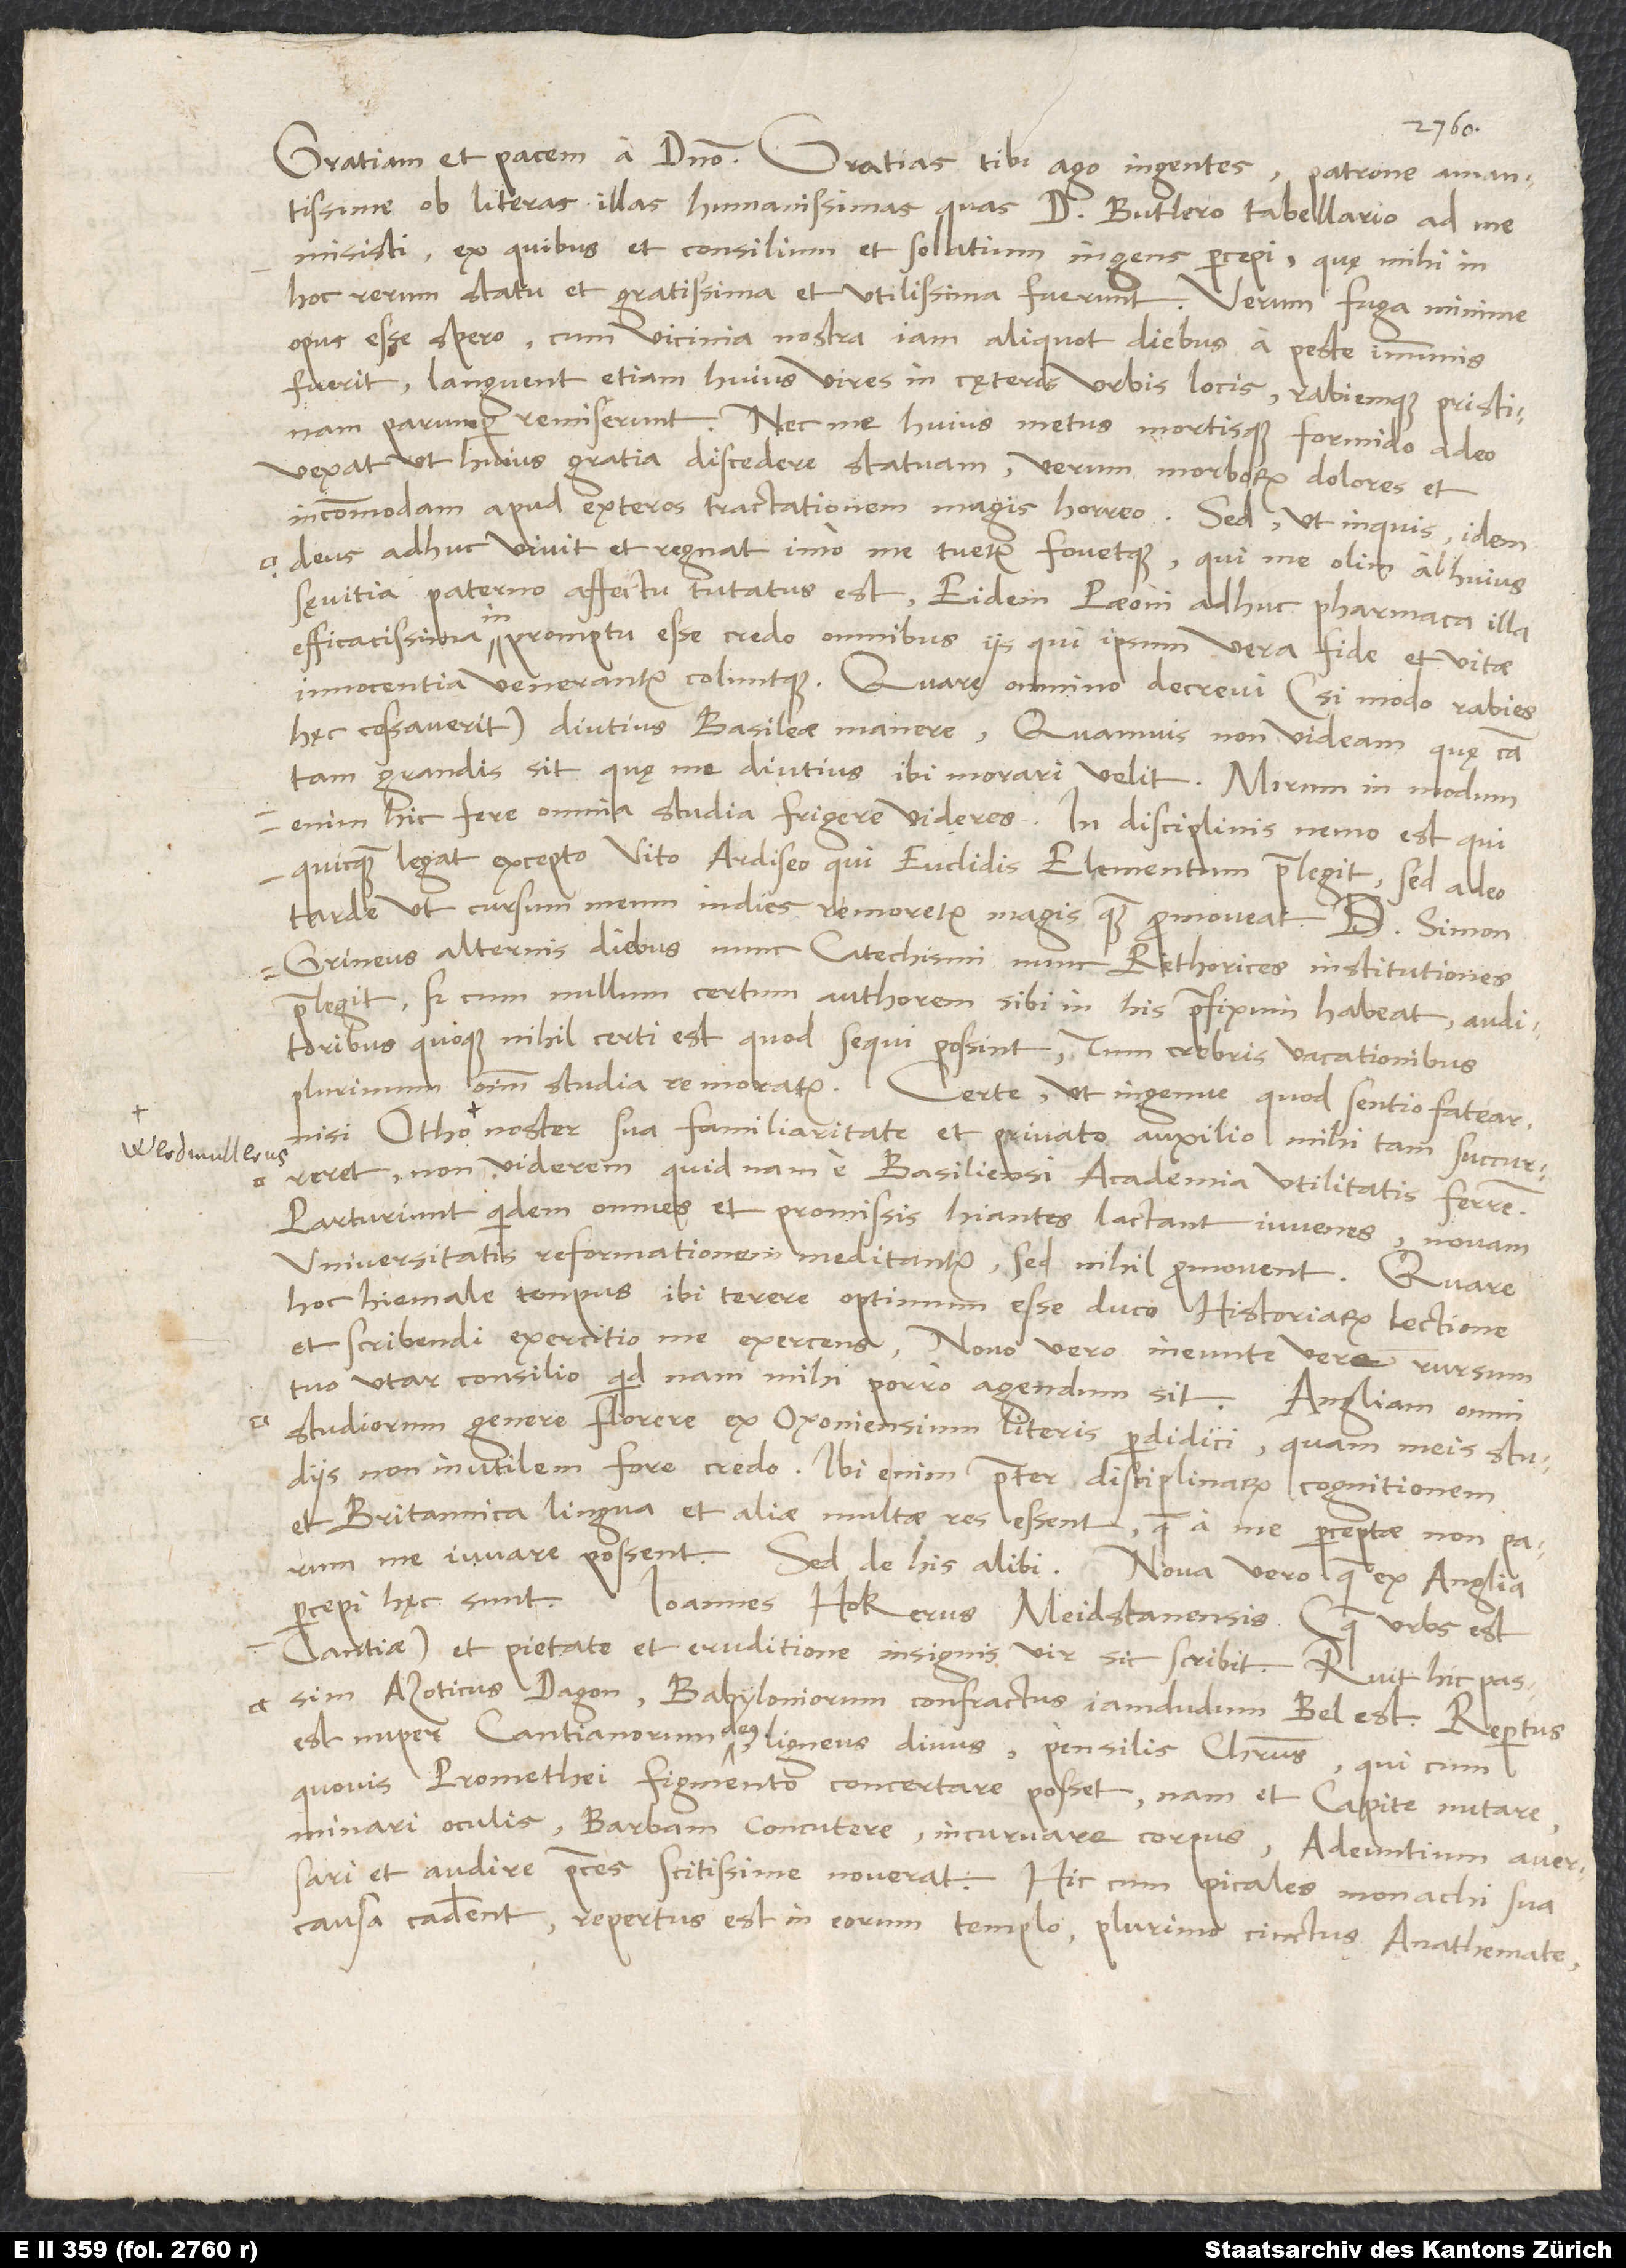
ob literas illas humanissimas, quas d. Butlero tabellario ad me
misisti, ex quibus et consilium et solatium ingens percepi, quę mihi in
hoc rerum statu et gratissima et utilissima fuerunt. Verum fuga minime
opus esse spero, cum vicinia nostra iam aliquot diebus a peste immunis
fuerit; languent etiam huius vires in cęteris urbis locis rabiemque pristinam
parumper remiserunt. Nec me huius metus mortisque formido adeo
vexat, ut huius gratia discedere statuam, verum morborum dolores et
idem deus adhuc vivit et regnat, imo me tuetur fovetque, qui me olim ab huius
sęvitia paterno affectu tutatus est; eidem Paeoni adhuc pharmaca illa
efficacissima in promptu esse credo omnibus iis, qui ipsum vera fide et vitae
innocentia venerantur coluntque. Quare omnino decrevi (si modo rabies
hęc cessaverit) diutius Basileae manere, quamvis non videam, quę causa
tam grandis sit, quę me diutius ibi morari velit. Mirum in modum
enim hic fere omnia studia frigere videres. In disciplinis nemo est, qui
quicquam legat excepto Vito Ardiseo, qui Euclidis Elementum praelegit, sed adeo
tarde, ut cursum meum indies remoretur magis quam promoveat.
Grineus alternis diebus nunc catechismi, nunc rethorices institutiones
praelegit, sed cum nullum certum authorem sibi in his praefixum habeat, auditoribus
quoque nihil certi est, quod sequi possint; tum crebris vacationibus
plurimum omnium studia remoratur. Certe, ut ingenue, quod sentio, fatear,
nisi Otho noster sua familiaritate et privato auxilio mihi tam succurreret,
non viderem, quid nam a Basiliensi academia utilitatis ferrem.
Parturiunt quidem omnes et promissis hiantes lactant iuvenes, novam
universitatis reformationem meditantur, sed nihil promovent. Quare
hoc hiemale tempus ibi terere optimum esse duco historiarum lectione
et scribendi exercitio me exercens, novo vero ineunte vere rursum
tuo utar consilio, quid nam mihi porro agendum sit. Angliam omni
studiorum genere florere ex Oxoniensium literis perdidici, quam meis studiis
non inutilem fore credo. Ibi enim praeter disciplinarum cognitionem
et Britannica lingua et aliae multae res essent, quae a me perceptae non parum
percepi, hęc sunt: Ioannes Hokerus Meidstanensis (quae urbs est
Cantiae), et pietate et eruditione insignis vir, sic scribit: „Ruit hic passim
Azoticus Dagon, Babyloniorum confractus iamdudum Bel est: Repertus
est nuper Cantianorum deus, ligneus divus, pensilis Christus, qui cum
quovis Promethei figmento concertare posset; nam et capite nutare,
minari oculis, barbam concutere, incurvare corpus, adeuntium aversari
et audire preces scitissime noverat. Hic, cum picales monachi sua
causa caderent, repertus est in eorum templo plurimo cinctus anathemate,